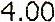
4.00